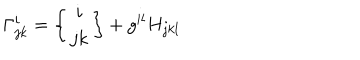
\Gamma _ { j k } ^ { i } = \left\{ \begin{array} { c } { { i } } \\ { { j k } } \\ \end{array} \right\} + g ^ { i l } H _ { j k l }